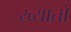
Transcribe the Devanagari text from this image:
ख्यातो